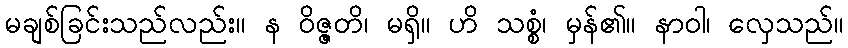
မချစ်ခြင်းသည်လည်း။ န ဝိဇ္ဇတိ၊ မရှိ။ ဟိ သစ္စံ၊ မှန်၏။ နာဝါ၊ လှေသည်။